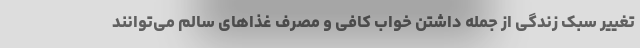
تغییر سبک زندگی از جمله داشتن خواب کافی و مصرف غذاهای سالم می‌توانند